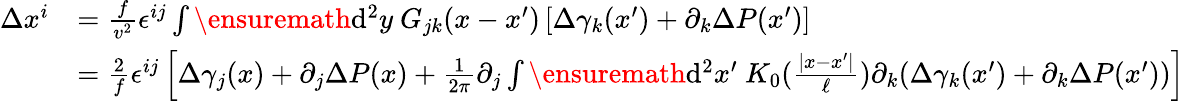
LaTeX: \begin{array}{rl}{\Delta x^{i}}&{=\frac{f}{v^{2}}\epsilon^{ij}\int\ensuremath{\operatorname{d}\! ^{2}}y\ G_{jk}(x-x^{\prime})\left[\Delta\gamma_{k}(x^{\prime})+\partial_{k}\Delta P(x^{\prime})\right]\, }\\ &{=\frac{2}{f}\epsilon^{ij}\left[\Delta\gamma_{j}(x)+\partial_{j}\Delta P(x)+\frac{1}{2\pi}\partial_{j}\int\ensuremath{\operatorname{d}\! ^{2}}x^{\prime}\ K_{0}(\frac{|x-x^{\prime}|}{\ell})\partial_{k}(\Delta\gamma_{k}(x^{\prime})+\partial_{k}\Delta P(x^{\prime}))\right]}\end{array}